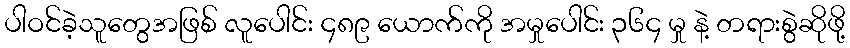
ပါဝင်ခဲ့သူတွေအဖြစ် လူပေါင်း ၄၈၉ ယောက်ကို အမှုပေါင်း ၃၆၄ မှု နဲ့ တရားစွဲဆိုဖို့